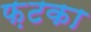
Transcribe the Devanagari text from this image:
फ़टका